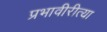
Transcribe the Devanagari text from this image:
प्रभावीरीत्या